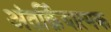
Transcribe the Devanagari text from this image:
अंतर्क्रियात्मक